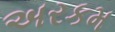
અરકમ